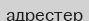
адрестер